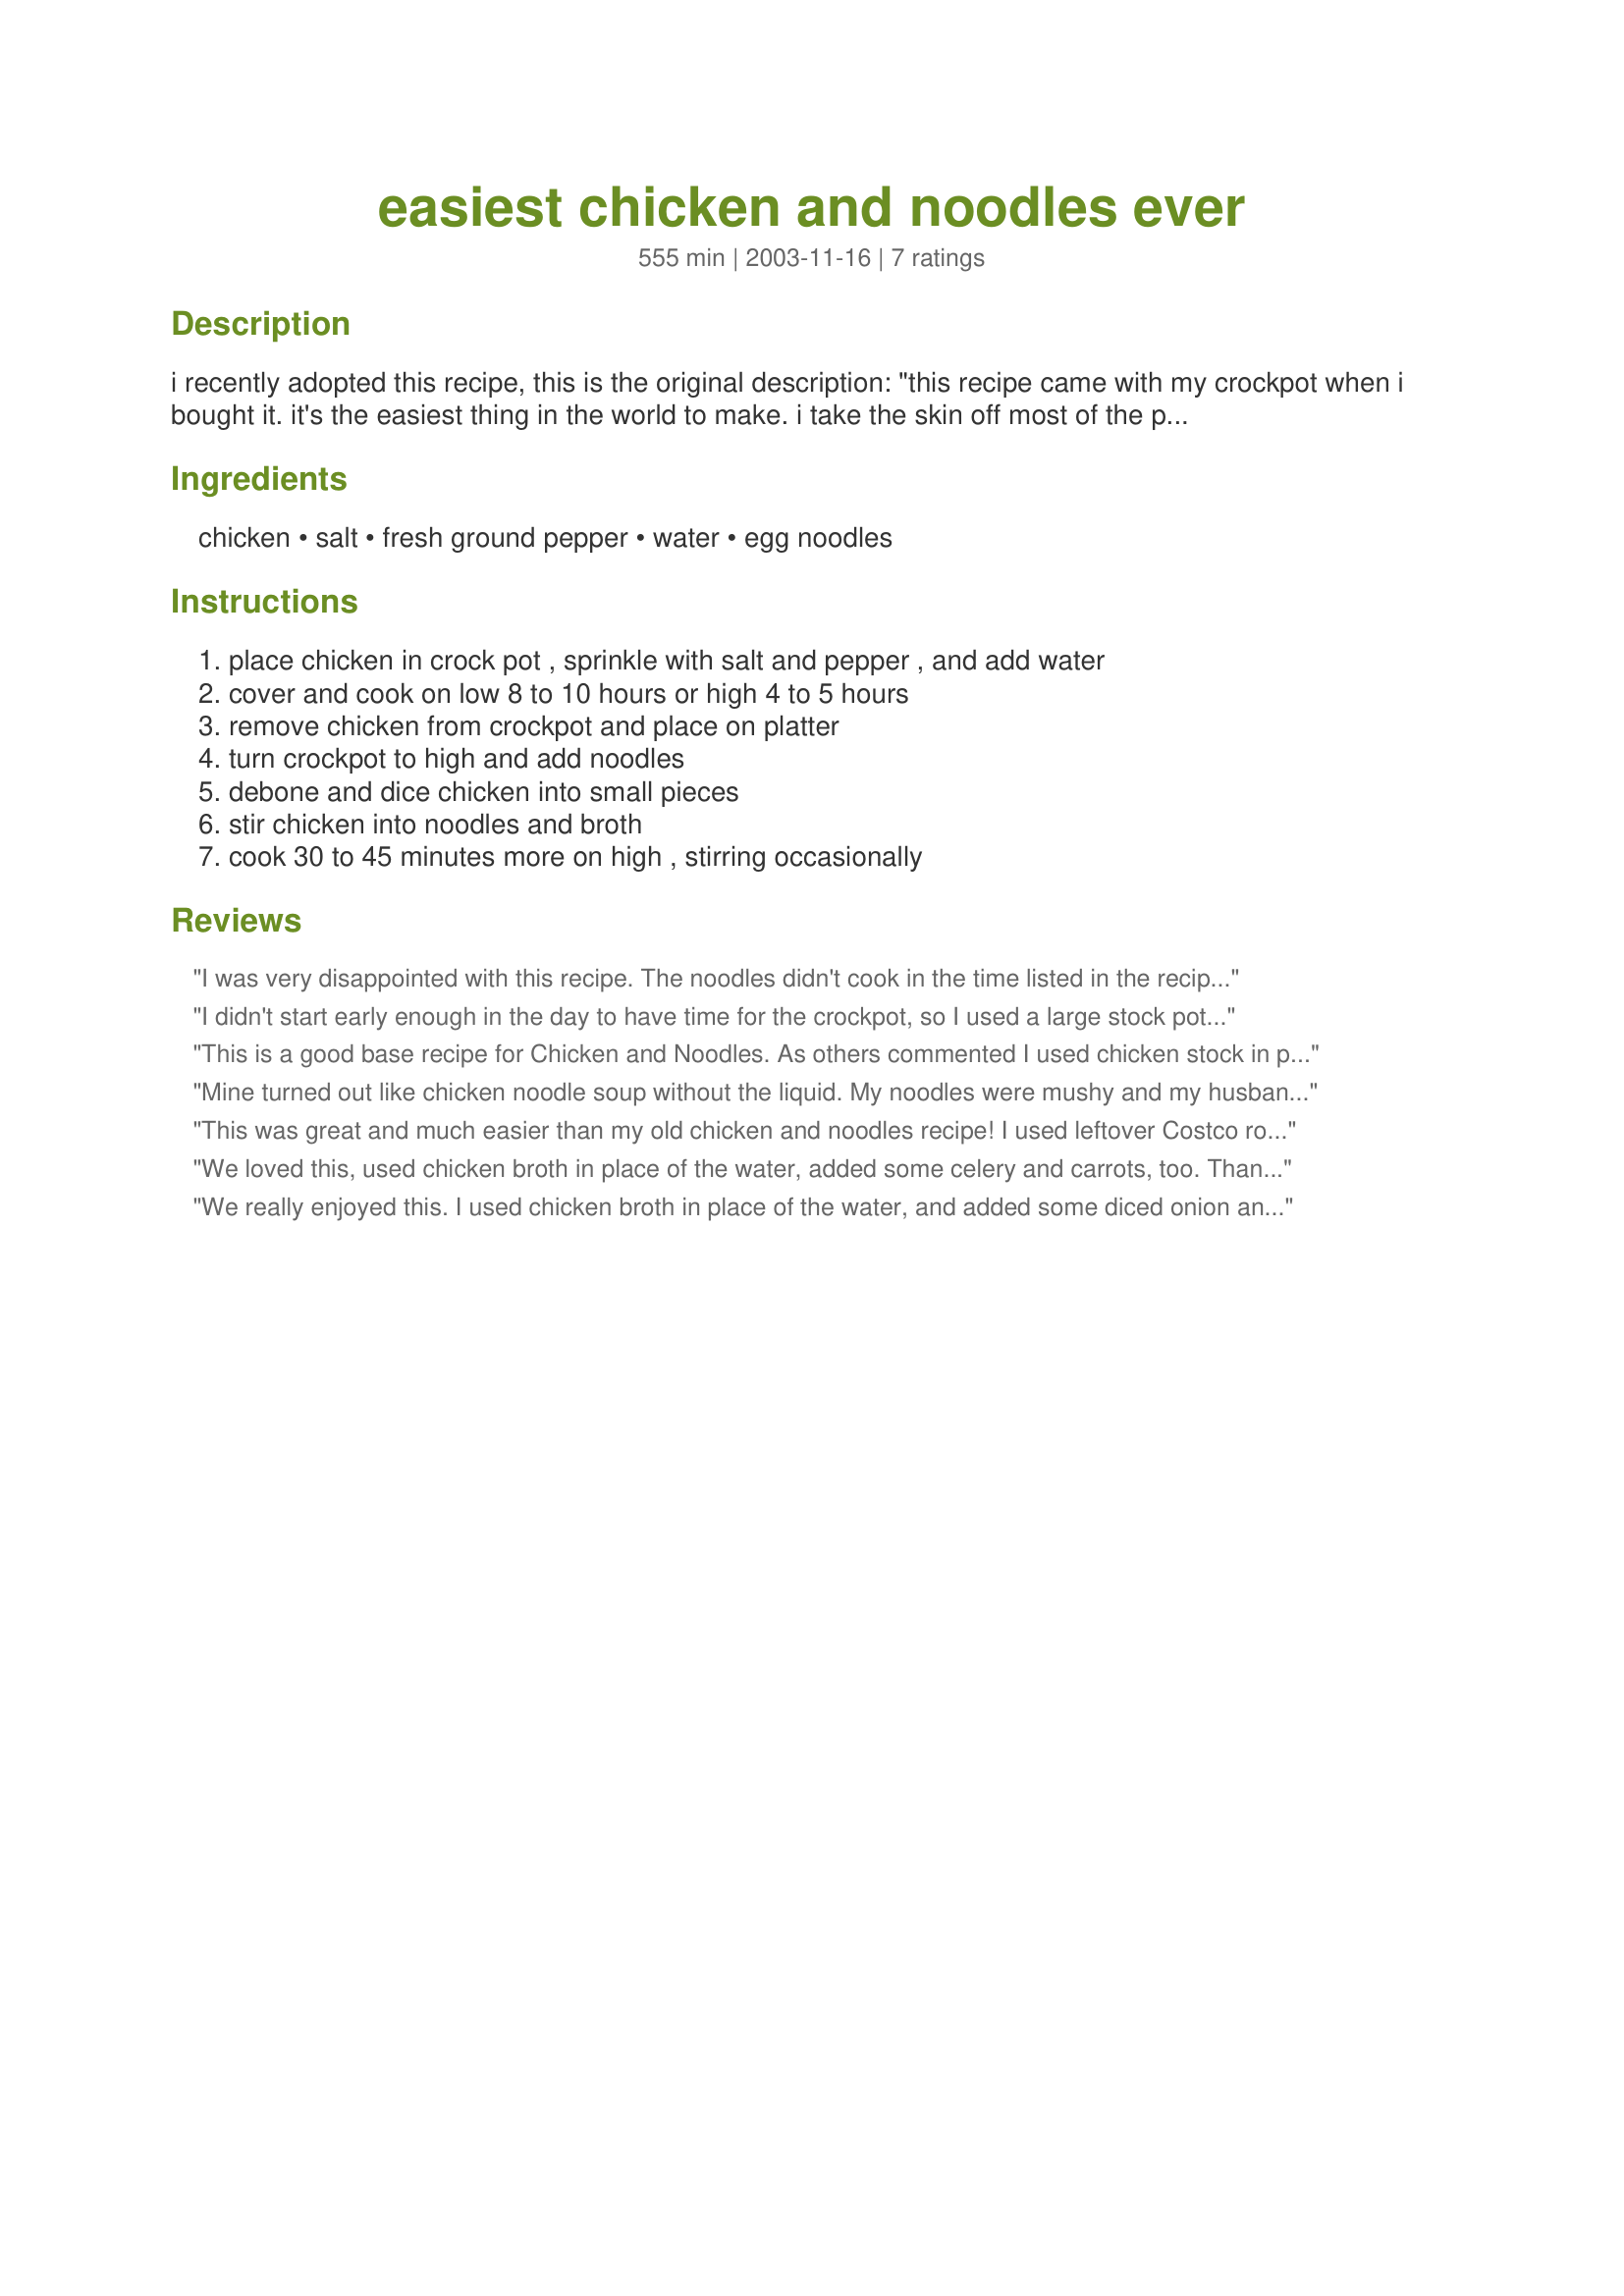
easiest chicken and noodles ever
Preparation time: 555 minutes

i recently adopted this recipe, this is the original description: "this recipe came with my crockpot when i bought it. it's the easiest thing in the world to make. i take the skin off most of the pieces of the chicken except the wings because that's just too much work for me. you can use regular dried egg noodles but i prefer the frozen ones".

Ingredients:
chicken, salt, fresh ground pepper, water, egg noodles

Steps:
place chicken in crock pot , sprinkle with salt and pepper , and add water, cover and cook on low 8 to 10 hours or high 4 to 5 hours, remove chicken from crockpot and place on platter, turn crockpot to high and add noodles, debone and dice chicken into small pieces, stir chicken into noodles and broth, cook 30 to 45 minutes more on high , stirring occasionally

Reviews:
I was very disappointed with this recipe. The noodles didn't cook in the time listed in the recipe and when I cooked them longer, they just ended up sticky. I'll stick with the old fashioned way of making my noodles.
I didn't start early enough in the day to have time for the crockpot, so I used a large stock pot on the stovetop and increased the water somewhat to account for the different cooking method. The chicken cooked through in about 1-1/2 to 2 hrs. I removed it and poured the uncooked (dried) noodles in; by the time I had the chicken deboned and cut up, the noodles were ready and I just stirred the chicken back in and warmed through...perfect timing! For all the times I've made chicken and noodles, somehow it had never occured to me to just cook the noodles in the broth like that ~ it was soooo easy and I loved having one less pan to wash. Since I'd added extra water and cooked it quicker, the flavor was not as strong so I added a bit of sea salt, ground pepper, garlic & onion powder, and thyme. Also, I was intrigued by the idea of being able to cook everything in one pot, so I added some celery and carrots at the beginning of the cook time, and some frozen peas when I added the noodles to the broth...it turned out like a pot pie without a crust. :) Hubby and the kids loved it and I loved the new, improved, and faster way to cook an old favorite ~ thanks so much!!
This is a good base recipe for Chicken and Noodles. As others commented I used chicken stock in place of the water and added some celery, carrots and onion. I also cooked the dried noodles separately and added them after thickening the sauce with cornstarch. This is great comfort food!
*Made for Photo Swap #8 January 2010*
Mine turned out like chicken noodle soup without the liquid. My noodles were mushy and my husband didn't like it. It had a good taste but my liquid (there wasn't very much) needed thickening. I used chicken broth and it smelled so good all day while the chicken cooked. I added celery and onion at the beginning and then added a can of mixed vegetables at the end. I won't make it again. Thanks for the recipe though.
This was great and much easier than my old chicken and noodles recipe! I used leftover Costco rotisserie chicken (the best there is), so it was already cooked. I also did this on a stovetop using one pot. I warmed the chicken in 2 cans of chicken broth until heated through. I took the chicken out with a slotted spoon and set it aside. I added 2 cups of cold water and let it come to a hard boil before adding the frozen noodles. Once they were well on their way, I put the chicken back in, added the salt and pepper to the broth and left it all to cook for the 20 minutes indicated on the noodle package. I also put in 2 T cornstarch mixed with 4 T cold water with 5 minutes left. That thickened it immediately, so I put it down to low. The salt and pepper was all this recipe needed. It was perfect! Once again, my son said I was the best cook in the world. I took all the credit, sorry ;) Thanks for making me look so good!!
We loved this, used chicken broth in place of the water, added some celery and carrots, too. Thanx for posting.
We really enjoyed this. I used chicken broth in place of the water, and added some diced onion and garlic.This was the first time that I used frozen noodles instead of dried. Much better!! My DH especially liked this. It reminded him of the way his grandma did Chicken and Noodles. Thanks Lauralie41, for a keeper!
